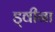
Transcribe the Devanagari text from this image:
ड्वीना